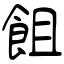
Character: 飷